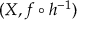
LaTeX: ( X , f \circ h ^ { - 1 } )